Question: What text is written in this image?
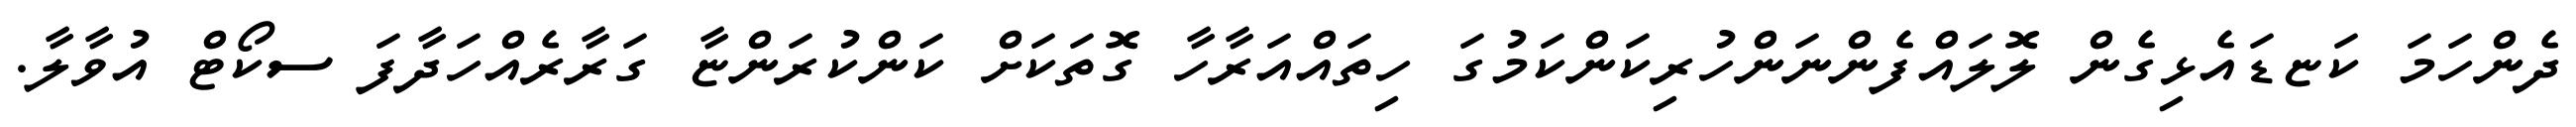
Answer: ދެންހަމަ ކަޏޑައެޅިގެން ލޮލައްފެންނަންހުރިކަންކަމުގަ ހިތައްއަރާހާ ގޮތަކަށް ކަންކުރަންޏާ ގަރާރެއްހަދާފަ ސކޯޓް އުވާލާ.